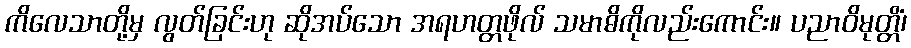
ကိလေသာတို့မှ လွတ်ခြင်းဟု ဆိုအပ်သော အရဟတ္တဖိုလ် သမာဓိကိုလည်းကောင်း။ ပညာဝိမုတ္တိံ၊